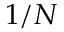
1 / N